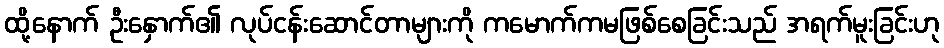
ထို့နောက် ဦးနှောက်၏ လုပ်ငန်းဆောင်တာများကို ကမောက်ကမဖြစ်စေခြင်းသည် အရက်မူးခြင်းဟု